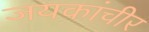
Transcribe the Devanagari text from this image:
जयकांचीर